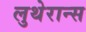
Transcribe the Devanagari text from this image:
लुथेरान्स